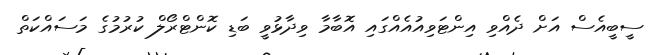
ސީބީއެސް އަށް ދެއްވި އިންޓަވިއުއެއްގައި އޮބާމާ ވިދާޅުވީ ބަޑި ކޮންޓްރޯލް ކުރުމުގެ މަސައްކަތް